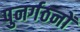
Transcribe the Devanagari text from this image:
पुनर्गठनों